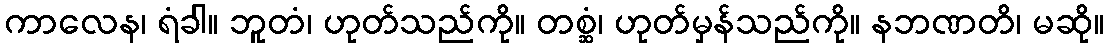
ကာလေန၊ ရံခါ။ ဘူတံ၊ ဟုတ်သည်ကို။ တစ္ဆံ၊ ဟုတ်မှန်သည်ကို။ နဘဏတိ၊ မဆို။